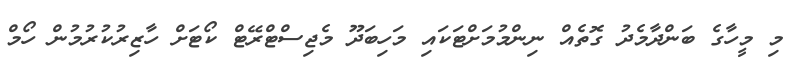
މި މީހާގެ ބަންދާމެދު ގޮތެއް ނިންމުމަށްޓަކައި މަހިބަދޫ މެޖިސްޓްރޭޓް ކޯޓަށް ހާޒިރުކުރުމުން ހޯމް